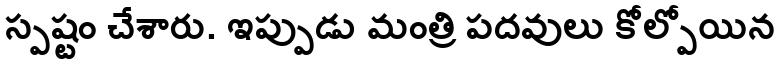
స్పష్టం చేశారు. ఇప్పుడు మంత్రి పదవులు కోల్పోయిన